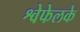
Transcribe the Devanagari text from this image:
श्वेफेलके